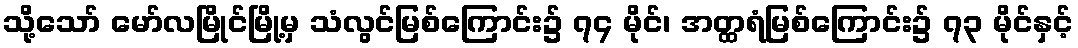
သို့သော် မော်လမြိုင်မြို့မှ သံလွင်မြစ်ကြောင်း၌ ၇၄ မိုင်၊ အတ္ထရံမြစ်ကြောင်း၌ ၇၃ မိုင်နှင့်